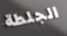
الجلطة